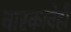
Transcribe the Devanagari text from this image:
बारकावेही